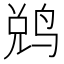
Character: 𬸑